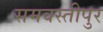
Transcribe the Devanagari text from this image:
समवस्तीपुर